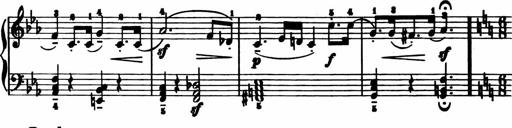
Title: 11 Sonatinas for Piano Solo
Composer: Anton Diabelli